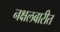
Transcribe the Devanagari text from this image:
नक्षलबारीत